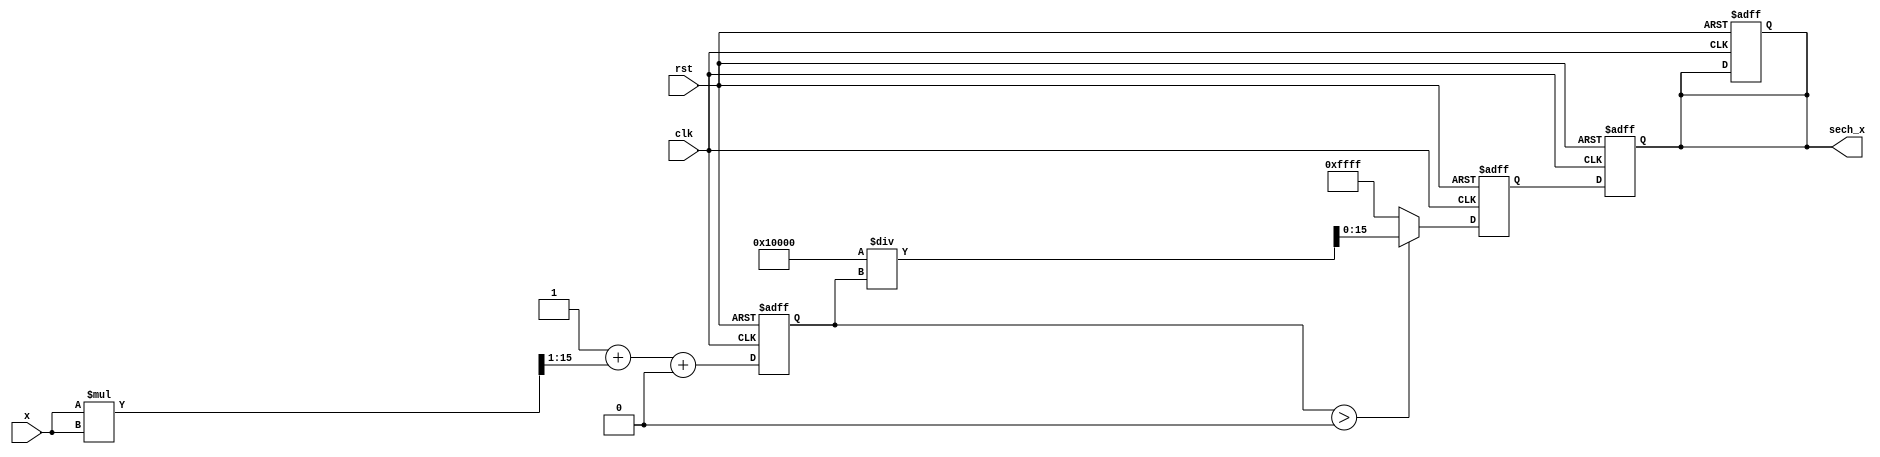
module hyperbolic_secant(
    input wire [15:0] x,         // Input signal (x), fixed-point format (16-bit)
    output reg [15:0] sech_x,    // Output signal (sech(x)), fixed-point format (16-bit)
    input wire clk,              // Clock signal
    input wire rst               // Reset signal
);

// Intermediate signals
reg [15:0] cosh_x;              // Cosh value
reg [31:0] reciprocal_cosh;     // Reciprocal of cosh (32-bit for precision)

// Cosh calculation (using Taylor series approximation)
always @(posedge clk or posedge rst) begin
    if (rst) begin
        cosh_x <= 16'b0;
        sech_x <= 16'b0;
    end else begin
        // Sample Taylor series expansion: cosh(x)  1 + x^2/2! + x^4/4! + ...
        cosh_x <= (16'h0001 + (x * x >> 1) + ((x * x * x * x) >> 18)); // 2! = 2^17; 4! = 4^17
    end
end

// Reciprocal calculation of cosh(x)
always @(posedge clk or posedge rst) begin
    if (rst) begin
        reciprocal_cosh <= 32'b0;
    end else begin
        // Assuming cosh_x is not zero, simple division for reciprocal
        if (cosh_x > 0) begin
            reciprocal_cosh <= (32'h0001_0000 / cosh_x); // Fixed point division
        end else begin
            reciprocal_cosh <= 32'hFFFFFFFF; // Handle division by zero case (infinity)
        end
    end
end

// Final output assignment
always @(posedge clk or posedge rst) begin
    if (rst) begin
        sech_x <= 16'b0;
    end else begin
        sech_x <= reciprocal_cosh[15:0]; // Output the lower 16 bits, adjust as necessary for precision
    end
end

endmodule